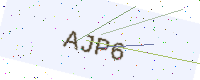
Text: AJP6